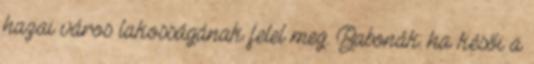
hazai város lakosságának felel meg. Babonák: ha késői a